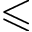
\leqslant